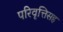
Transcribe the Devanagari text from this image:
परिवृत्तिसह